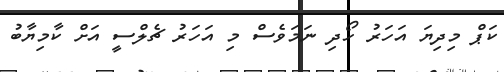
ކަޕް މިދިޔަ އަހަރު ހޯދި ނަމަވެސް މި އަހަރު ޗެލްސީ އަށް ކާމިޔާބު